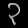
Digit: ၃